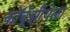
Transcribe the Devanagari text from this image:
कॉर्बूझीयेला